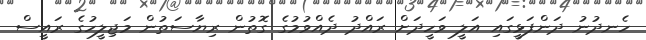
ހެނދުނު ދަންފަޅީގައި އަލީ ވަހީދަށް ރައްދު ދެއްވުމުގެ ގޮތުން ރިޔާސަތުން މަޖިލީހުގެ ރައީސް